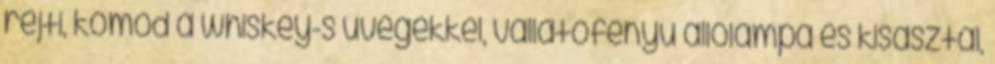
rejti, komód a whiskey-s üvegekkel, vallatófényű állólámpa és kisasztal,